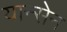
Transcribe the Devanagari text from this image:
यान्सेन